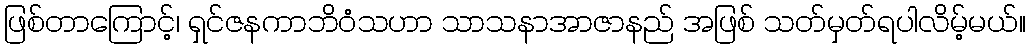
ဖြစ်တာကြောင့်၊ ရှင်ဇနကာဘိဝံသဟာ သာသနာအာဇာနည် အဖြစ် သတ်မှတ်ရပါလိမ့်မယ်။